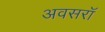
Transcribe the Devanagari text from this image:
अवसरॉ